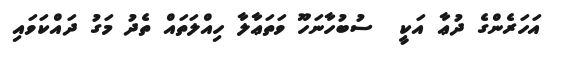
އަހަރެންގެ ދުޢާ އަކީ  ސުބުހާނަހޫ ވަތަޢާލާ ހިއްލަތައް ތެދު މަގު ދައްކަވައި